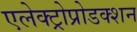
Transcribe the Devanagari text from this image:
एलेक्ट्रोप्रोडक्शन